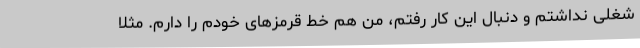
شغلی نداشتم و دنبال این کار رفتم، من هم خط قرمزهای خودم را دارم. مثلا